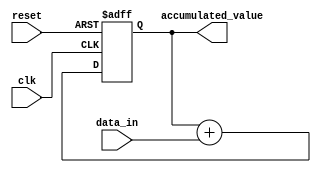
module accumulator (
    input wire clk, // clock signal
    input wire reset, // reset signal
    input wire [15:0] data_in, // input data values
    output reg [31:0] accumulated_value // accumulated result stored in register
);

reg [31:0] temp_accumulator;

always @(posedge clk or posedge reset) begin
    if (reset) begin
        temp_accumulator <= 32'b0; // clear accumulator when reset signal is high
    end else begin
        temp_accumulator <= temp_accumulator + data_in; // add input data values to accumulator
    end
end

assign accumulated_value = temp_accumulator; // output accumulated value

endmodule